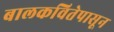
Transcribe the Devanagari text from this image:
बालकवितेपासून